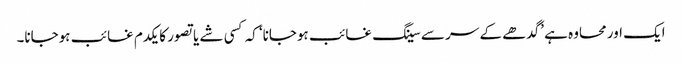
ایک اور محاوہ ہے ’گدھے کے سر سے سینگ غائب ہوجانا‘ کہ کسی شے یا تصور کا یکدم غائب ہوجانا۔